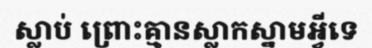
ស្លាប់ ព្រោះគ្មានស្លាកស្នាមអ្វីទេ